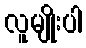
လူမျိုးပါ